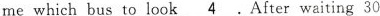
me which bus to look \underline{4}.After waiting 30